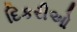
દિકરીઓ